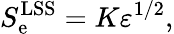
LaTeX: S_{\mathrm{e}}^{\mathrm{{LSS}}}=K\varepsilon^{1/2},